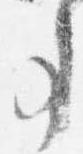
事